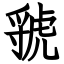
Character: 虢